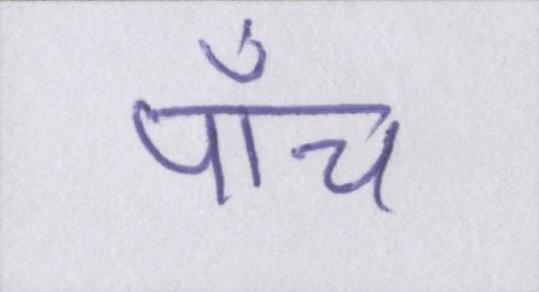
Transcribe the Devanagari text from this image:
पाँच